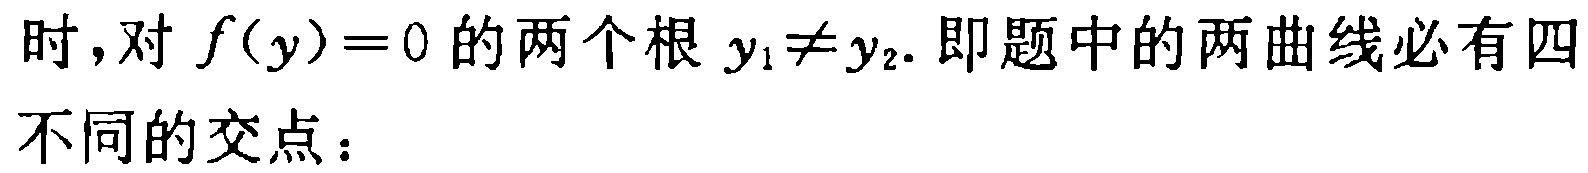
时，对 \(f(y)=0\) 的两个根 \(y_1\neq y_2\). 即题中的两曲线必有四不同的交点：